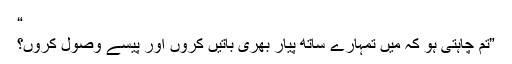
“
”تم چاہتی ہو کہ میں تمہارے ساتھ پیار بھری باتیں کروں اور پیسے وصول کروں؟